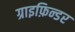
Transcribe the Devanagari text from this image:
ग्राइफ़िन्डर